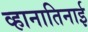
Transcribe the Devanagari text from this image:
व्हानातिनाई